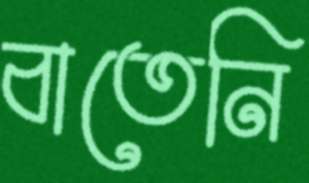
বাতেনি